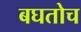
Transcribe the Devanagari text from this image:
बघतोच